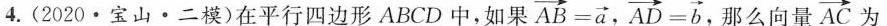
4.(2020·宝山·二模)在平行四边形ABCD中，如果 $$\overrightarrow { A B } = \overrightarrow { a }$$， $$\overrightarrow { A D } =